Vaccination in Bombay 1856-1862 - 1856-1862
Year: 1856
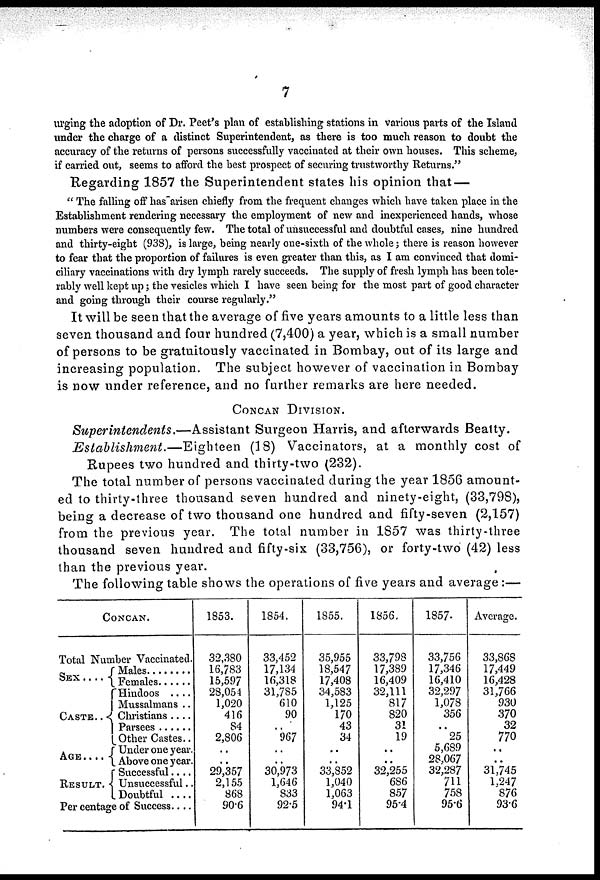
7
urging the adoption of Dr. Peet's plan of establishing stations in various parts of the Island
under the charge of a distinct Superintendent, as there is too much reason to doubt the
accuracy of the returns of persons successfully vaccinated at their own houses. This scheme,
if carried out, seems to afford the best prospect of securing trustworthy Returns."
Regarding 1857 the Superintendent states his opinion that —
" The falling off has~arisen chiefly from the frequent changes which have taken place in the
Establishment rendering necessary the employment of new and inexperienced hands, whose
numbers were consequently few. The total of unsuccessful and doubtful cases, nine hundred
and thirty-eight (938), is large, being nearly one-sixth of the whole; there is reason however
to fear that the proportion of failures is even greater than this, as I am convinced that domi-
ciliary vaccinations with dry lymph rarely succeeds. The supply of fresh lymph has been tole-
rably well kept up; the vesicles which I have seen being for the most part of good character
and going through their course regularly."
It will be seen that the average of five years amounts to a little less than
seven thousand and four hundred (7,400) a year, which is a small number
of persons to be gratuitously vaccinated in Bombay, out of its large and
increasing population. The subject however of vaccination in Bombay
is now under reference, and no further remarks are here needed.
CONCAN DIVISION.
Superintendents.—Assistant
Surgeon Harris, and afterwards Beatty.
Establishment.—Eighteen
(18) Vaccinators, at a monthly cost of
Rupees two hundred and thirty-two (232).
The total number of persons vaccinated during the year 1856 amount-
ed to thirty-three thousand seven hundred and ninety-eight, (33,798),
being a decrease of two thousand one hundred and fifty-seven (2,157)
from the previous year. The total number in 1857 was thirty-three
thousand seven hundred and fifty-six (33,756), or forty-two (42) less
than the previous year.
The following table shows the operations of five years and average :—
CONCAN.
Total Number Vaccinated.
SEX
....
CASTE..
AGE....
RESULT.
Males ........
Females .....
Hindoos ....
Mussalmans ..
Christians ....
Parsees ......
Other Castes..
Under one year.
Above one year.
Successful....
Unsuccessful..
Doubtful ....
Per centage of Success....
1853.
32,380
16,783
15,597
28,054
1,020
416
84
2,806
..
..
29,357
2,155
868
90.6
1854.
33,452
17,134
16,318
31,785
610
90
..
967
..
..
30,973
1,646
833
92.5
1855.
35,955
18,547
17,408
34,583
1,125
170
43
34
..
..
33,852
1,040
1,063
94.1
1856.
33,798
17,389
16,409
32,111
817
820
31
19
..
..
32,255
686
857
95.4
1857.
33,756
17,346
16,410
32,297
1,078
356
..
25
5,689
28,067
32,287
711
758
95.6
Average.
33,868
17,449
16,428
31,766
930
370
32
770
..
,.
31,745
1,247
876
93.6